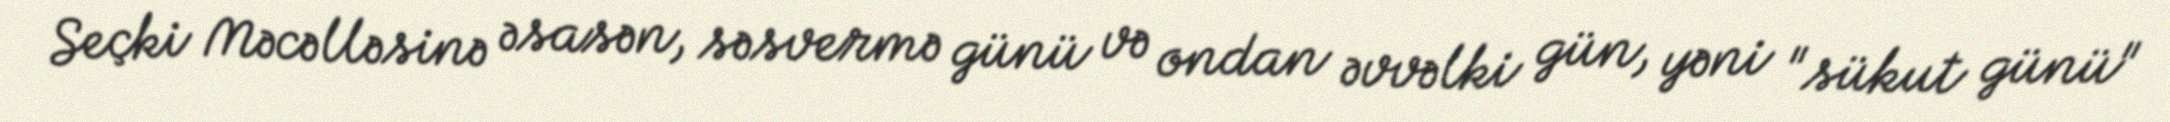
Seçki Məcəlləsinə əsasən, səsvermə günü və ondan əvvəlki gün, yəni "sükut günü"